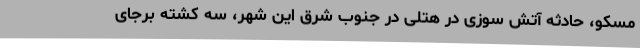
مسکو، حادثه آتش سوزی در هتلی در جنوب شرق این شهر،‌ سه کشته برجای